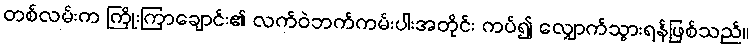
တစ်လမ်းက ကြိုးကြာချောင်း၏ လက်ဝဲဘက်ကမ်းပါးအတိုင်း ကပ်၍ လျှောက်သွားရန်ဖြစ်သည်။